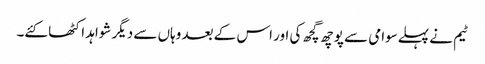
ٹیم نے پہلےسوامی سے پوچھ گچھ کی اور اس کے بعد وہاں سے دیگر شواہد اکٹھا کئے۔